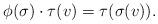
LaTeX: \begin{align*}\phi ( \sigma ) \cdot \tau ( v ) = \tau ( \sigma ( v ) ).\end{align*}